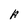
Character: A